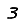
Digit: 3